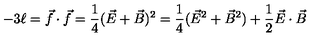
- 3 \ell = \vec { f } \cdot \vec { f } = \frac { 1 } { 4 } ( \vec { E } + \vec { B } ) ^ { 2 } = \frac { 1 } { 4 } ( \vec { E } ^ { 2 } + \vec { B } ^ { 2 } ) + \frac { 1 } { 2 } \vec { E } \cdot \vec { B }